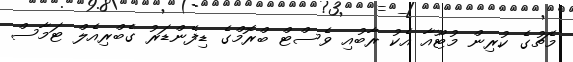
މެޗުގެ ކުރިން މުޓޫއާ އެކު ރާބުއި ވެސްޓް ބްރޮމްގެ ޑިފެންޑަރު ގެބްރިއެލް ޓަމާސް